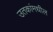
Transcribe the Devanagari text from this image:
उतकांमधील